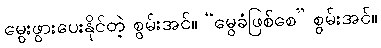
မွေးဖွားပေးနိုင်တဲ့ စွမ်းအင်။ “မွေခံဖြစ်စေ” စွမ်းအင်။